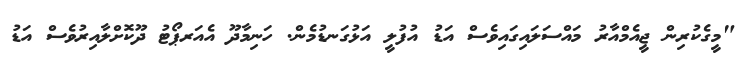
"މީގެކުރިން ޖީއެމްއާރު މައްސަލައިގައިވެސް އަޑު އުފުލީ އަޅުގަނޑުމެން. ހަނިމާދޫ އެއަރޕޯޓު ދޫކޮށްލާއިރުވެސް އަޑު